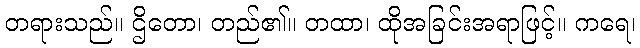
တရားသည်။ ဌိတော၊ တည်၏။ တထာ၊ ထိုအခြင်းအရာဖြင့်။ ကရေ၊